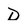
Character: D